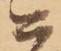
ニ